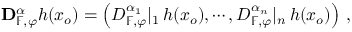
{ \bf D } _ { \mathbb { F } , \varphi } ^ { \alpha } h ( x _ { o } ) = \left( D _ { \mathbb { F } , \varphi } ^ { \alpha _ { 1 } } | _ { 1 } \, h ( x _ { o } ) , \cdots , D _ { \mathbb { F } , \varphi } ^ { \alpha _ { n } } | _ { n } \, h ( x _ { o } ) \right) \, ,